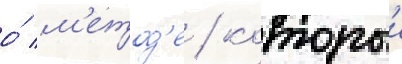
о́ м'етод'е / которыи